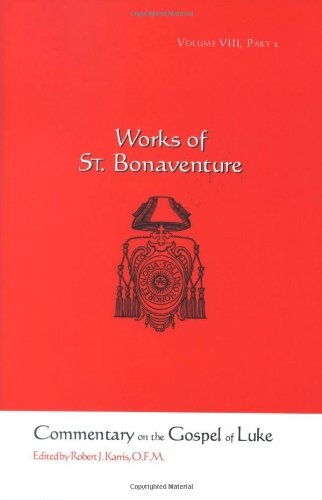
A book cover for Commentary on the Gospel of Luke, Part II - Chapters 9-16 (Works of St. Bonaventure, Volume VIII); Robert J. Karris; Christian Books & Bibles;